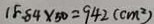
1 8 . 8 4 \times 5 0 = 9 4 2 ( c m ^ { 2 } )